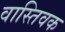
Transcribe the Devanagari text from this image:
वास्‍तिवक